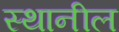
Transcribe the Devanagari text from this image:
स्थानील